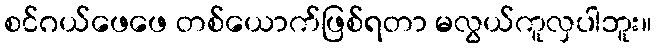
စင်ဂယ်ဖေဖေ တစ်ယောက်ဖြစ်ရတာ မလွယ်ကူလှပါဘူး။